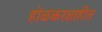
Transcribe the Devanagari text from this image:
होळकरशाहीत